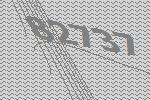
82737